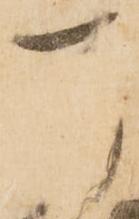
自